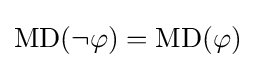
\operatorname {MD} (\neg \varphi )=\operatorname {MD} (\varphi )